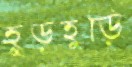
হুড়হুড়ি